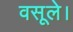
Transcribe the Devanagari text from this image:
वसूले।